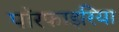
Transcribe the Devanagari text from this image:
पॉरफाइरिया